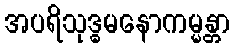
အပရိသုဒ္ဓမနောကမ္မန္တာ